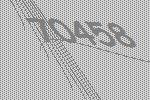
70458